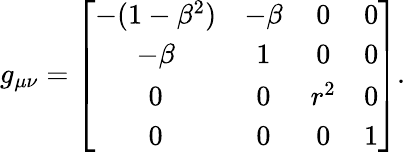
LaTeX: g_{\mu\nu}=\left[\begin{array}{cccc}{-(1-\beta^{2})}&{-\beta}&{0}&{0}\\ {-\beta}&{1}&{0}&{0}\\ {0}&{0}&{r^{2}}&{0}\\ {0}&{0}&{0}&{1}\end{array}\right].